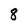
Character: 8